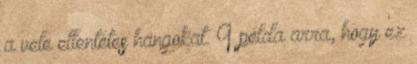
a vele ellentétes hangokat. 9 példa arra, hogy ez